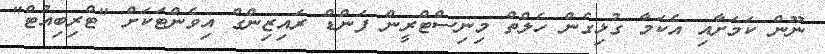
ނޫން ކަމަށާއި އެކަމާ ގުޅިގެން ހެލްތް މިނިސްޓްރީން ފަންޑް ރައިޒިންގް އިވެންޓަކަށް "ޓްރިބިއުޓް"